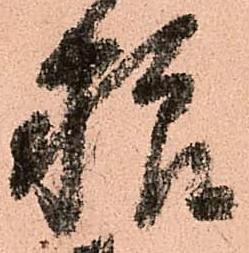
粮